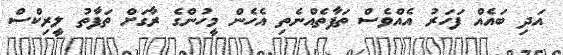
އަދި ބައެއް ފަހަރު އެއްވެސް ތަފާތެއްނެތި އެހެން މީހުންގެ ރާގަށް ތަފާތު ލީރިކްސް